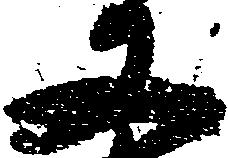
又